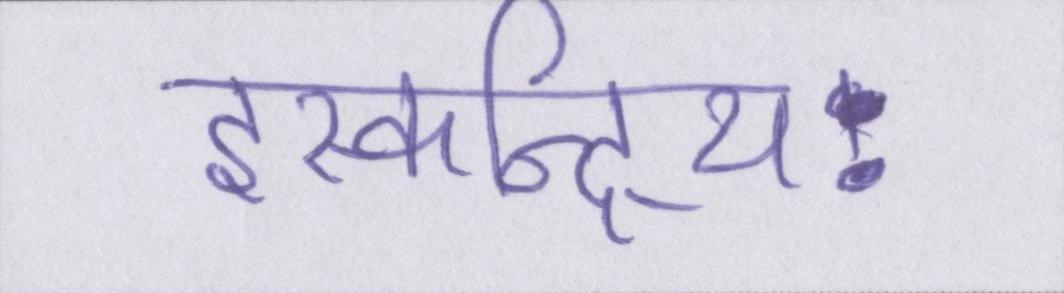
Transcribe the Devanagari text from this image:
इस्कन्द्रियः